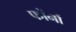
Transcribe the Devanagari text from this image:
फोंनों